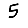
Digit: 5